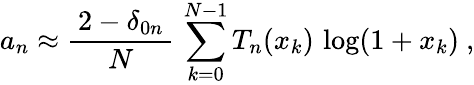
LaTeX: a_{n}\approx{\frac{\, 2-\delta_{0n}\, }{N}}\, \sum_{k=0}^{N-1}T_{n}(x_{k})\, \log(1+x_{k})~,